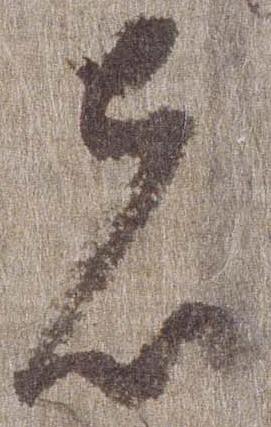
者